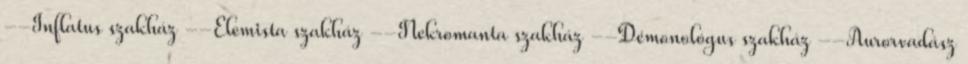
--Inflatus szakház --Elemista szakház --Nekromanta szakház --Démonológus szakház --Aurorvadász